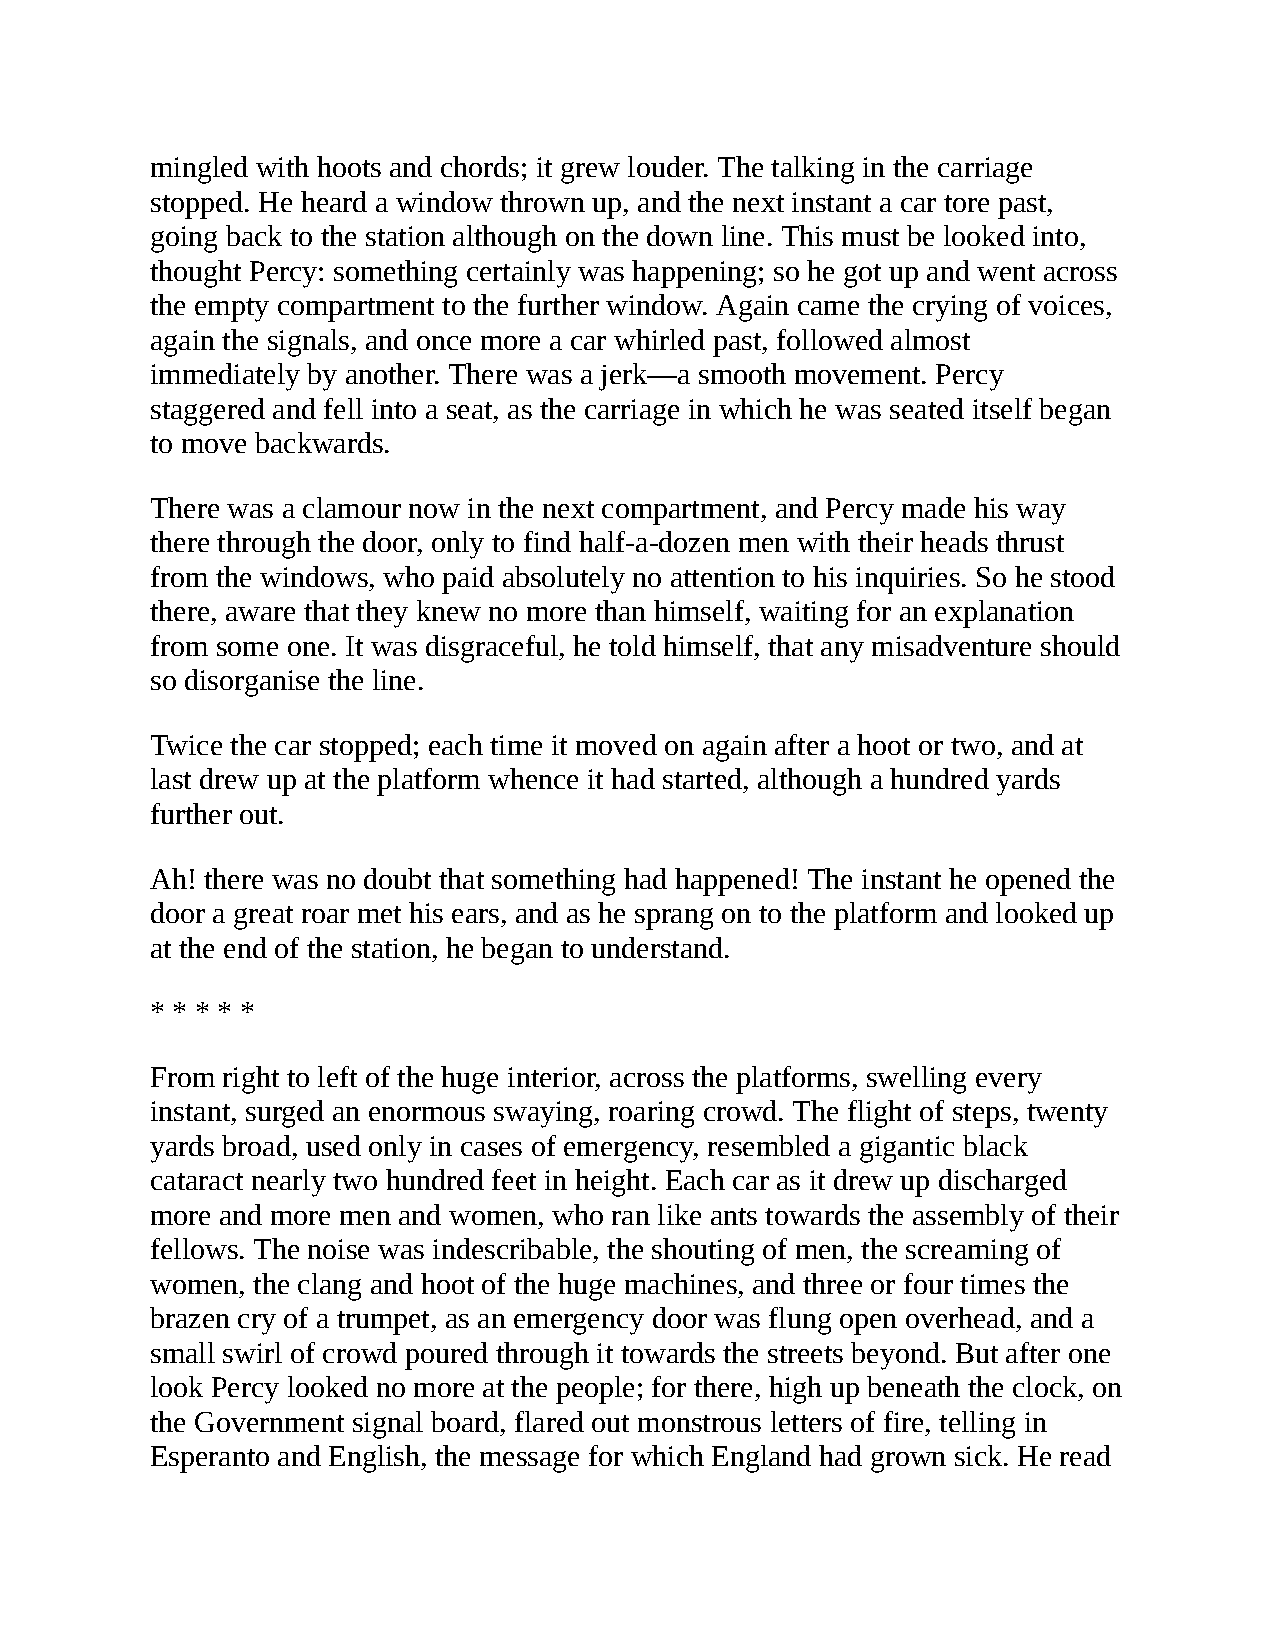
mingled with hoots and chords; it grew louder. The talking in the carriage
 stopped. He heard a window thrown up, and the next instant a car tore past,
 going back to the station although on the down line. This must be looked into,
 thought Percy: something certainly was happening; so he got up and went across
 the empty compartment to the further window. Again came the crying of voices,
 again the signals, and once more a car whirled past, followed almost
 immediately by another. There was a jerk—a smooth movement. Percy
 staggered and fell into a seat, as the carriage in which he was seated itself began
 to move backwards.
 There was a clamour now in the next compartment, and Percy made his way
 there through the door, only to find half-a-dozen men with their heads thrust
 from the windows, who paid absolutely no attention to his inquiries. So he stood
 there, aware that they knew no more than himself, waiting for an explanation
 from some one. It was disgraceful, he told himself, that any misadventure should
 so disorganise the line.
 Twice the car stopped; each time it moved on again after a hoot or two, and at
 last drew up at the platform whence it had started, although a hundred yards
 further out.
 Ah! there was no doubt that something had happened! The instant he opened the
 door a great roar met his ears, and as he sprang on to the platform and looked up
 at the end of the station, he began to understand.
 * * * * *
 From right to left of the huge interior, across the platforms, swelling every
 instant, surged an enormous swaying, roaring crowd. The flight of steps, twenty
 yards broad, used only in cases of emergency, resembled a gigantic black
 cataract nearly two hundred feet in height. Each car as it drew up discharged
 more and more men and women, who ran like ants towards the assembly of their
 fellows. The noise was indescribable, the shouting of men, the screaming of
 women, the clang and hoot of the huge machines, and three or four times the
 brazen cry of a trumpet, as an emergency door was flung open overhead, and a
 small swirl of crowd poured through it towards the streets beyond. But after one
 look Percy looked no more at the people; for there, high up beneath the clock, on
 the Government signal board, flared out monstrous letters of fire, telling in
 Esperanto and English, the message for which England had grown sick. He read